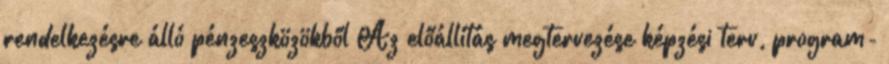
rendelkezésre álló pénzeszközökből Az előállítás megtervezése képzési terv, program-